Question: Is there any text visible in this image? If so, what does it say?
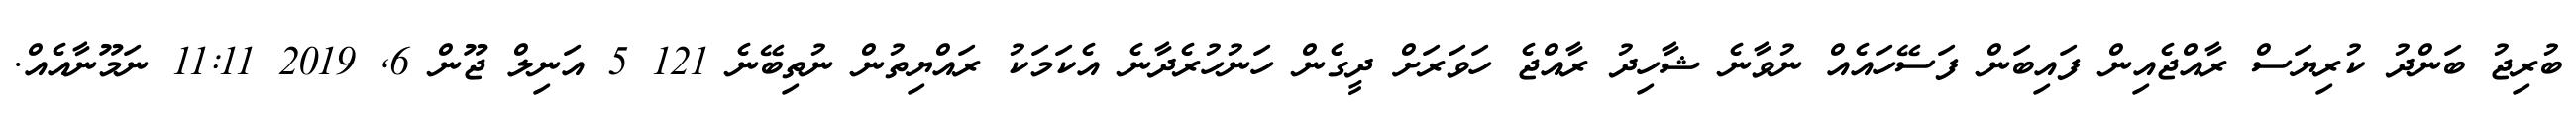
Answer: ބުރިޖު ބަންދު ކުރިޔަސް ރާއްޖެއިން ފައިބަން ފަސޭހައެއް ނުވާނެ ޝާހިދު ރާއްޖެ ހަވަރަށް ދީގެން ހަނުހުރެދާނެ އެކަމަކު ރައްޔިތުން ނުތިބޭނެ 121 5 އަނިލް ޖޫން 6, 2019 11:11 ނަމޫނާއެއް.